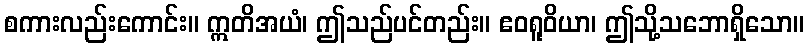
စကားလည်းကောင်း။ ဣတိအယံ၊ ဤသည်ပင်တည်း။ ဧဝရူဝိယာ၊ ဤသို့သဘောရှိသော။